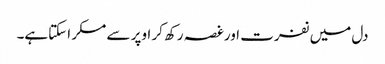
دل میں نفرت اورغصہ رکھ کر اوپر سے مسکر اسکتاہے۔